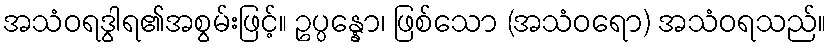
အသံဝရဒွါရ၏အစွမ်းဖြင့်။ ဥပ္ပန္နော၊ ဖြစ်သော (အသံဝရော) အသံဝရသည်။